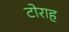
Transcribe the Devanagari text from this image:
टोराह